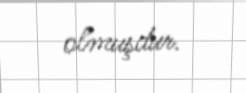
olmuşdur.